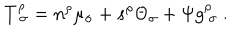
LaTeX: T _ { \ \sigma } ^ { \rho } = n ^ { \rho } \mu _ { \sigma } + s ^ { \rho } \Theta _ { \sigma } + \Psi g _ { \ \sigma } ^ { \rho } \ .